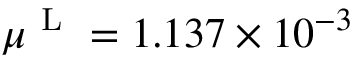
\mu ^ { \mathrm { ~ L ~ } } = 1 . 1 3 7 \times 1 0 ^ { - 3 }